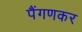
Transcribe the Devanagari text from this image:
पैंगणकर